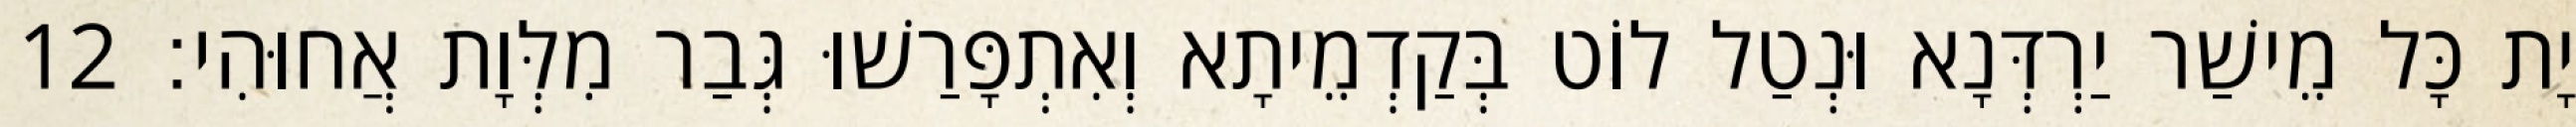
יָת כָּל מֵישַׁר יַרְדְּנָא וּנְטַל לוֹט בְּקַדְמֵיתָא וְאִתְפָּרַשׁוּ גְּבַר מִלְּוָת אֲחוּהִי׃ 12